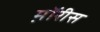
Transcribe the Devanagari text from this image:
म़ॉरीस